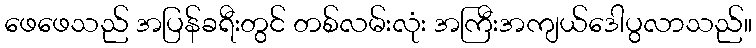
ဖေဖေသည် အပြန်ခရီးတွင် တစ်လမ်းလုံး အကြီးအကျယ်ဒေါပွလာသည်။